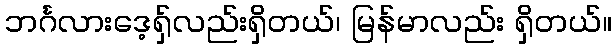
ဘင်္ဂလားဒေ့ရှ်လည်းရှိတယ်၊ မြန်မာလည်း ရှိတယ်။